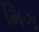
મિગ